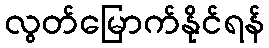
လွတ်မြောက်နိုင်ရန်